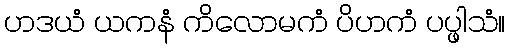
ဟဒယံ ယကနံ ကိလောမကံ ပိဟကံ ပပ္ဖါသံ။